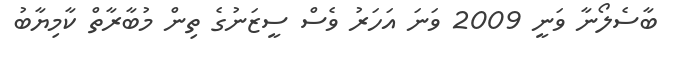
ބާސެލޯނާ ވަނީ 2009 ވަނަ އަހަރު ވެސް ސީޒަނުގެ ތިން މުބާރާތް ކާމިޔާބު